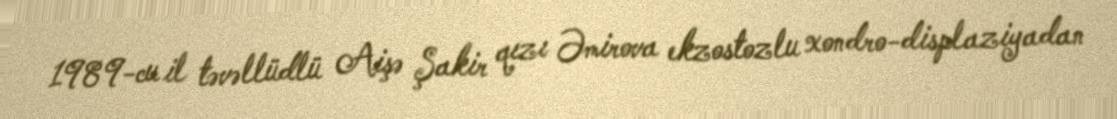
1989-cu il təvəllüdlü Aişə Şakir qızı Əmirova ekzostozlu xondro-displaziyadan